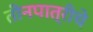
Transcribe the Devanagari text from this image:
तीनपात्रीचे